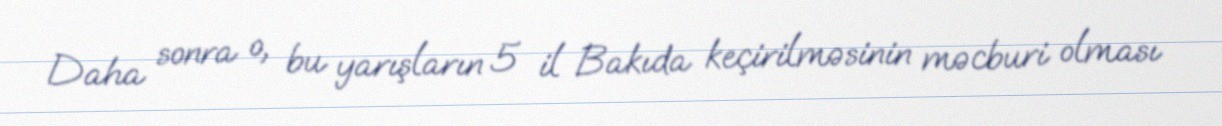
Daha sonra o, bu yarışların 5 il Bakıda keçirilməsinin məcburi olması